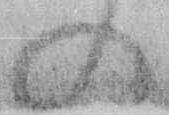
の